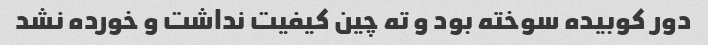
دور کوبیده سوخته بود و ته چین کیفیت نداشت و خورده نشد